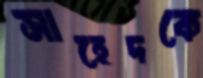
সাহেদকে